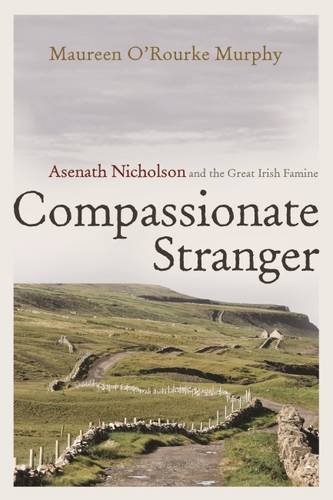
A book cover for Compassionate Stranger: Asenath Nicholson and the Great Irish Famine (Irish Studies); Maureen O'Rourke Murphy; Biographies & Memoirs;